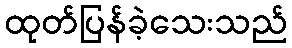
ထုတ်ပြန်ခဲ့သေးသည်